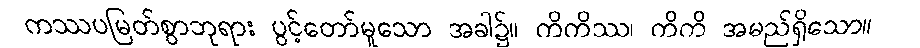
ကဿပမြတ်စွာဘုရား ပွင့်တော်မူသော အခါ၌။ ကိကိဿ၊ ကိကိ အမည်ရှိသော။